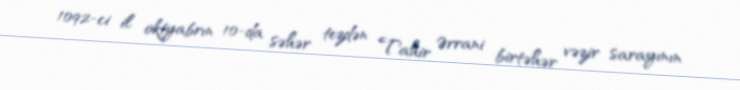
1092-ci il oktyabrın 10-da səhər tezdən Tahir Ərrani birtəhər vəzir sarayının